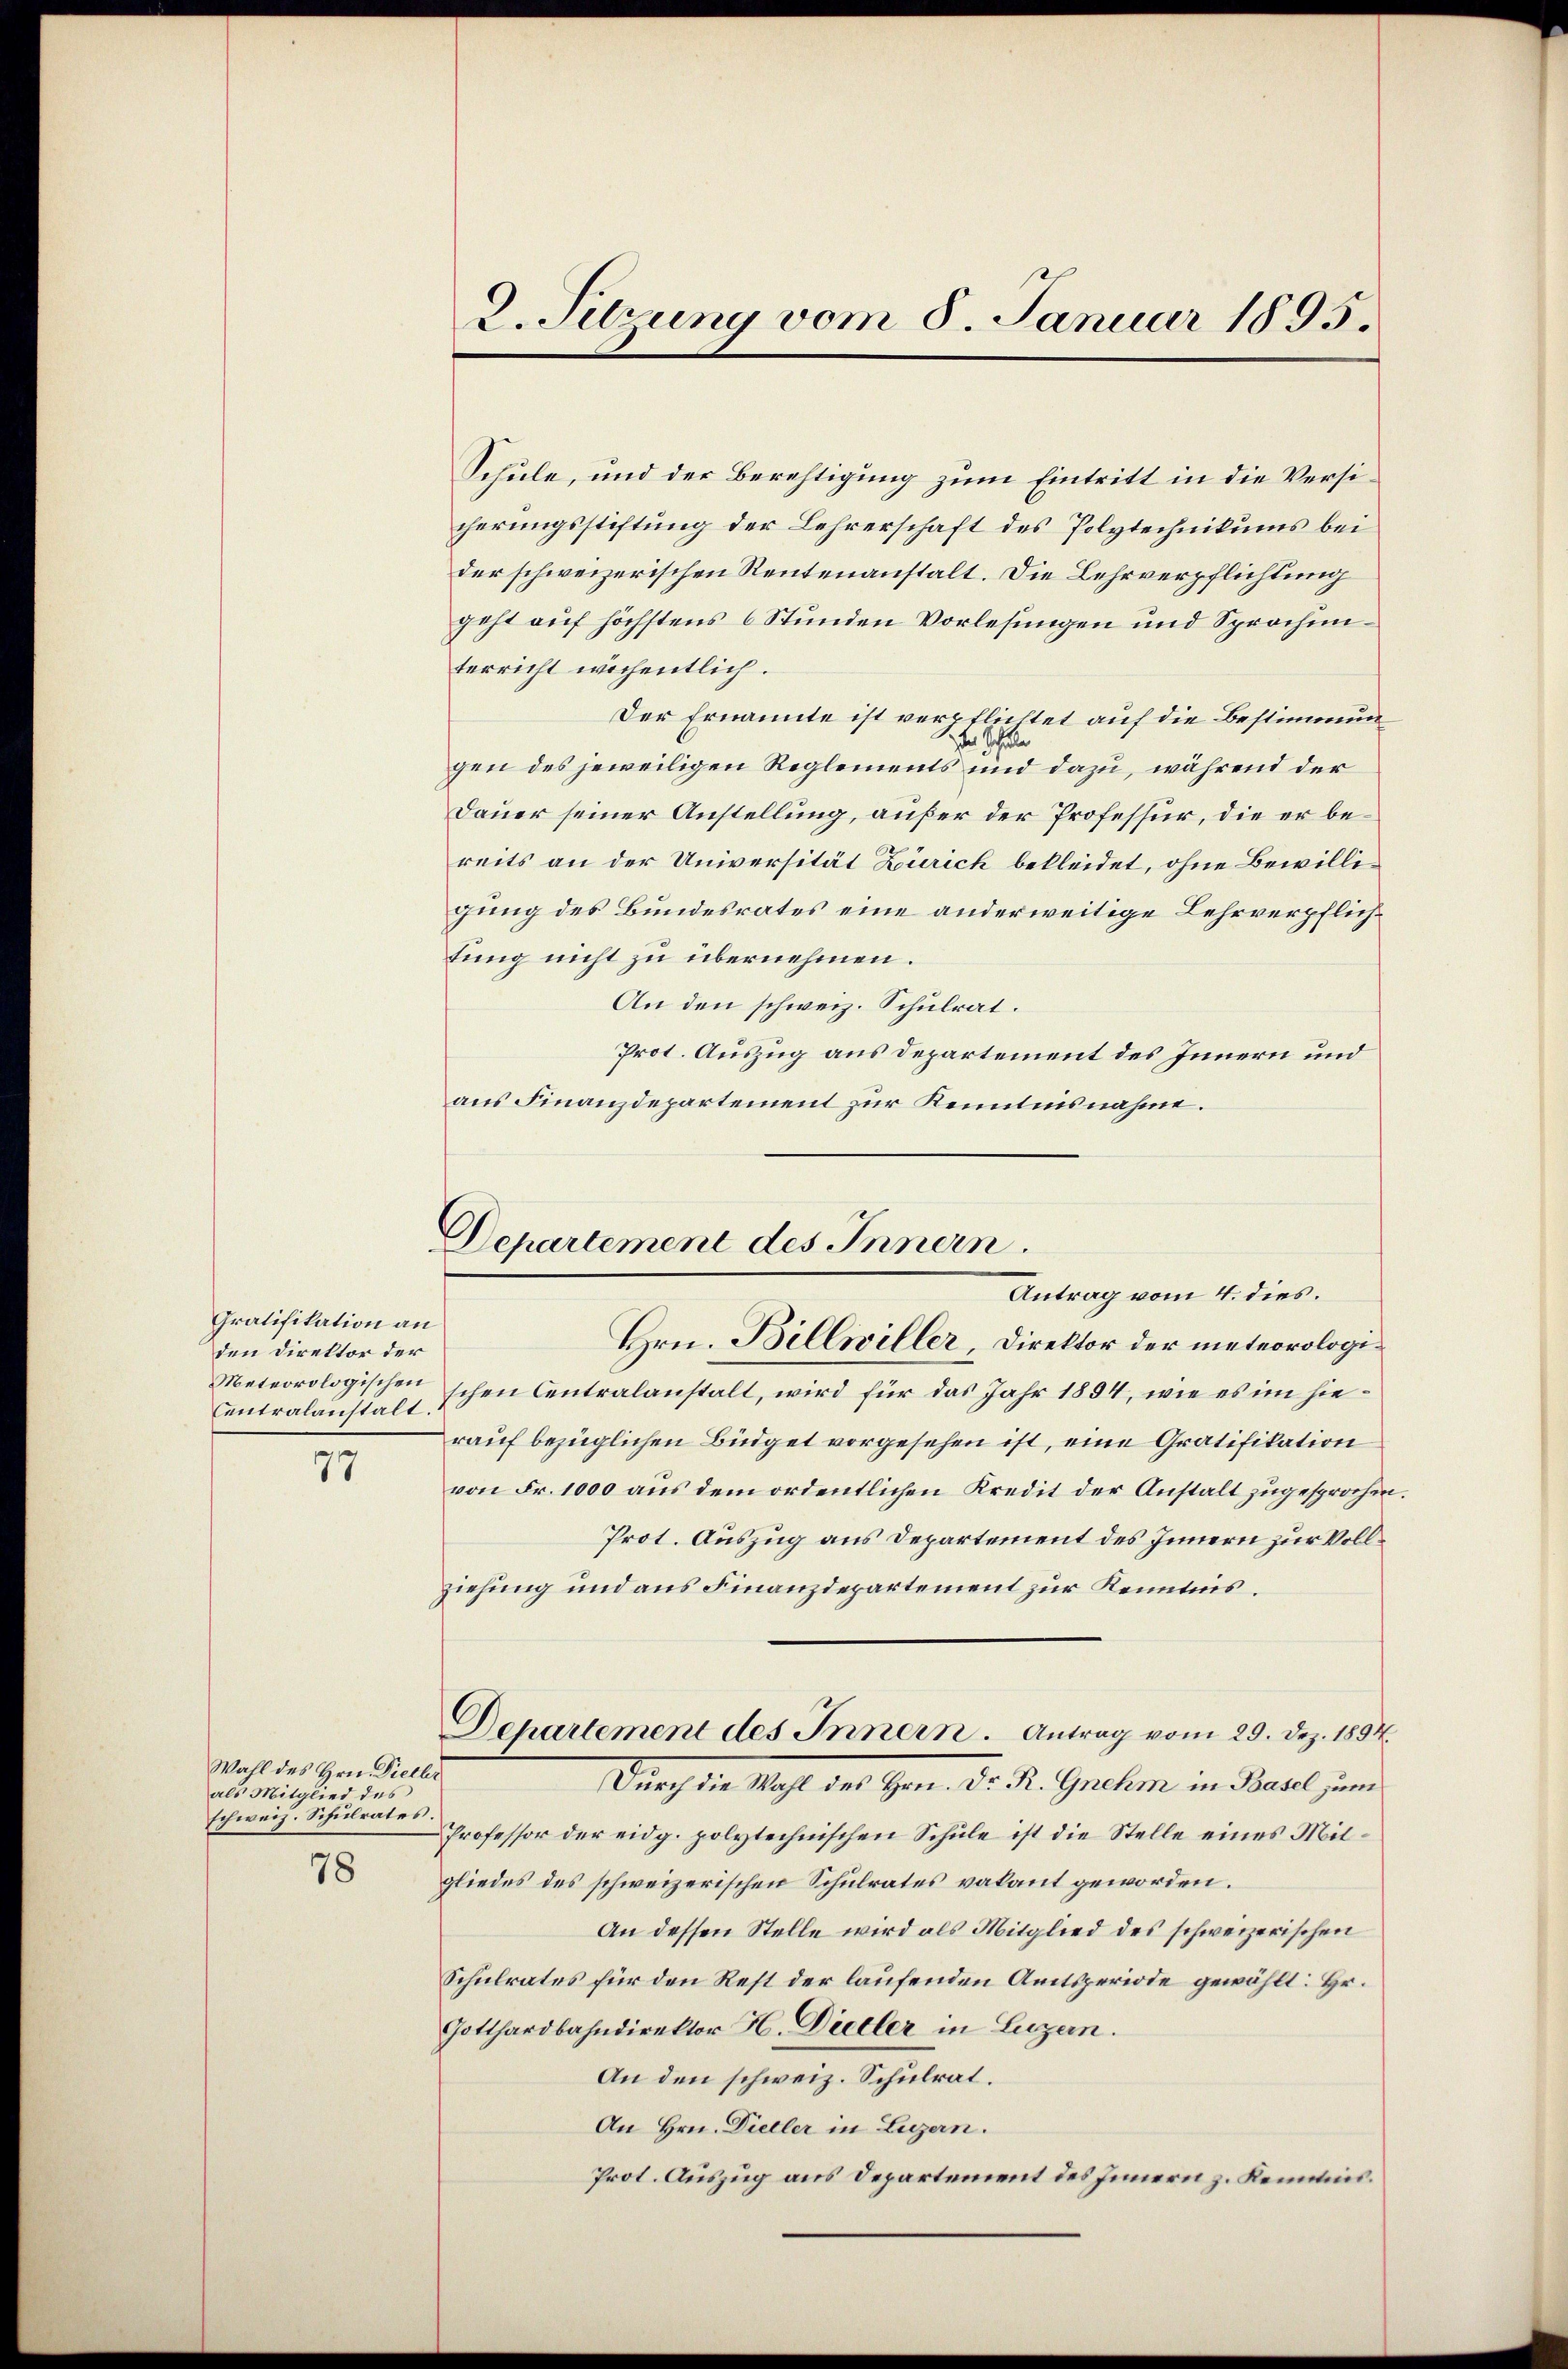
Gratifikation an
den Direktor der
Meteorologischen
Centralanstalt.

77

Wahl des Hrn. Dieller
als Mitglied des
schweiz. Schulrates.

78

2. Sehrung vom 8. Januar 1895.

Departement des Innern.
Antrag vom 4. dies.

Schule, und der Berechtigung zum Eintritt in die Versicherungsstiftung der Lehrerschaft des Polytechnikums bei
der schweizerischen Rentenanstalt. Die Lehrverpflichtung
geht auf höchstens 6 Stunden Vorlesungen und Sprachenterricht wichentlich.
Der Ernannte ist verpflichtet auf die Bestimmunder Sch
gen des jeweiligen Reglements und dazu, während der
Dauer seiner Anstellung, außer der Professur, die er bereits an der Universität Zürich bekleidet, ohne Bewilligung des Bundesrates eine anderweitige Lehrverpflichtung nicht zu übernehmen.
An den schweiz. Schulrat.
Prot. Auszug aus Departement des Innern und
aus Finanzdepartement zur Kenntnisnahme.

Departement des Innern. Antrag vom 29. Dez. 1854.
Durch die Mahl des Hrn. Dr. Dr. Gration in Paul, um

Hrn. Billwiller, Direktor der meteorologischen Centralanstalt, wird für das Jahr 1894, wie es im hierauf bezüglichen Büdget vorgesehen ist, eine Gratifikation
von Fr. 1000 aus dem ordentlichen Kredit der Anstalt zugesprochen.
Prot. Auszug aus Departement des Innern zur Vollziehung und aus Finanzdepartement zur Kenntnis.
Professor der eidg. polytechnischen Schŭle ist die Stelle eines Mitgliedes des schweizerischen Schulrates vakant geworden.
An dessen Stelle wird als Mitglied des schweizerischen
Schulrates für den Rest der laufenden Amtsperiode gewählt: Hr.
Gotthardbahndirektor H. Dieller in Luzern.
An den schweiz. Schulrat.
An Hrn. Dieller in Legern.
Prot. Auszug aus Departement des Innern z. Kenntnis.